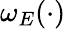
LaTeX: \omega_{E}(\cdot)